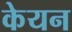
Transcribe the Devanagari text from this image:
केयन